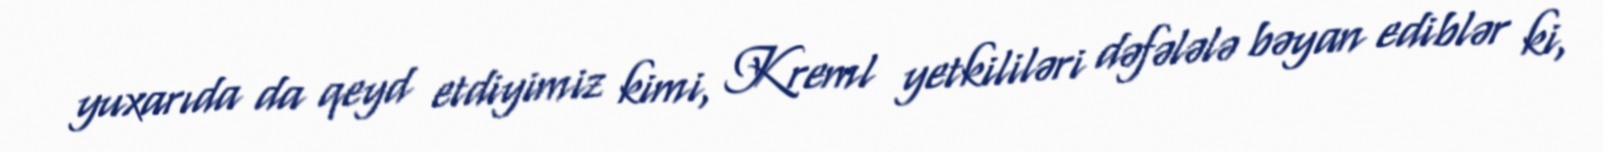
yuxarıda da qeyd etdiyimiz kimi, Kreml yetkililəri dəfələlə bəyan ediblər ki,